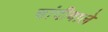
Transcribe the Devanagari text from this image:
चांदीवाले